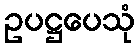
ဥပဋ္ဌပေသုံ